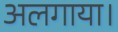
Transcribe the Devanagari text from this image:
अलगाया।